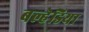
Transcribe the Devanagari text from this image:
बल्हेडिया